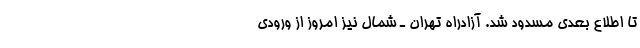
تا اطلاع بعدی مسدود ‌شد. آزادراه تهران ـ شمال نیز امروز از ورودی